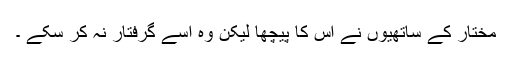
مختار کے ساتھیوں نے اس کا پیچھا لیکن وہ اسے گرفتار نہ کر سکے ۔